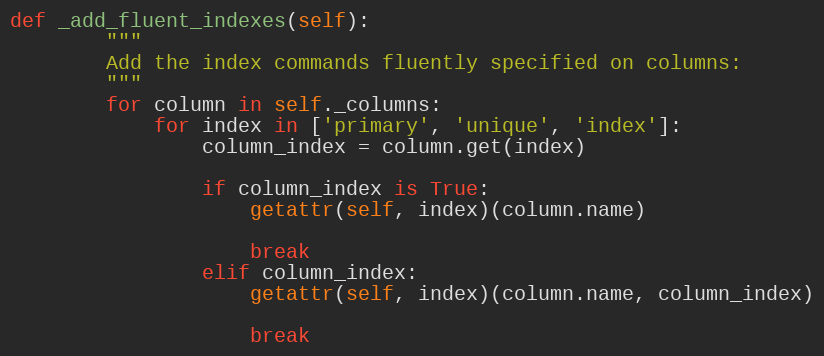
Language: Python
def _add_fluent_indexes(self):
        """
        Add the index commands fluently specified on columns:
        """
        for column in self._columns:
            for index in ['primary', 'unique', 'index']:
                column_index = column.get(index)

                if column_index is True:
                    getattr(self, index)(column.name)

                    break
                elif column_index:
                    getattr(self, index)(column.name, column_index)

                    break